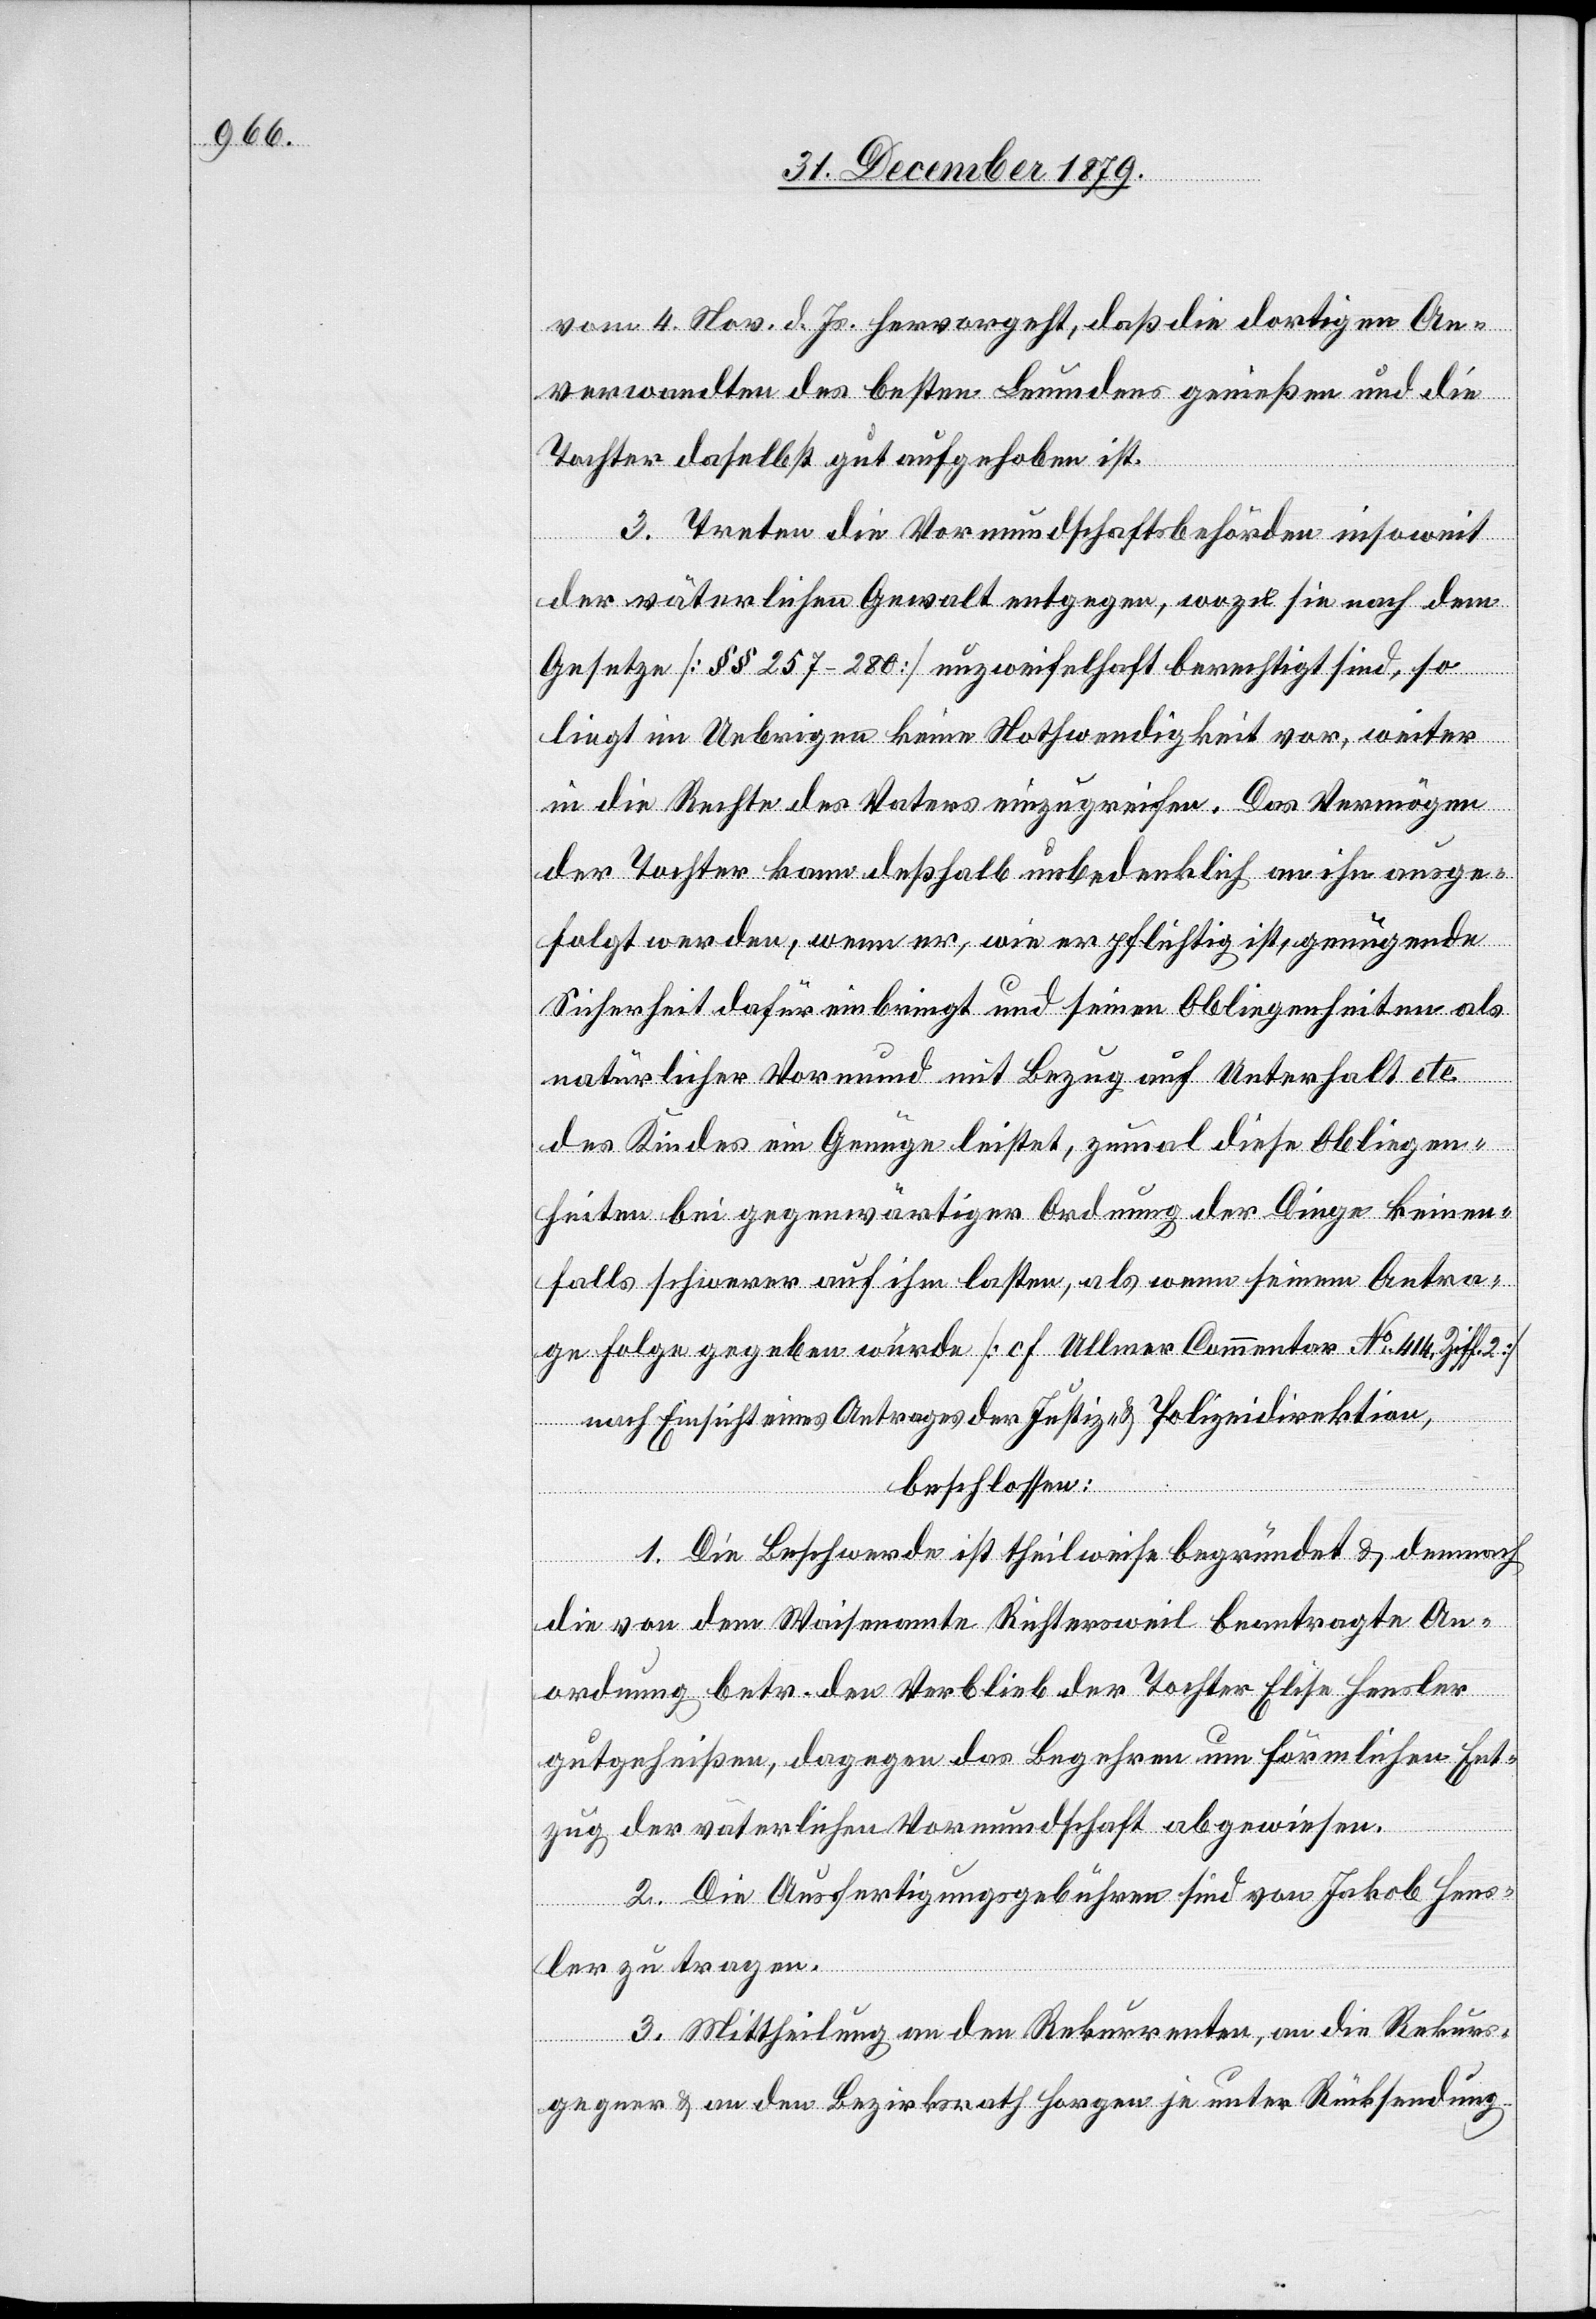
vom 4. Nov. d. Js. hervorgeht, daß die dortigen An¬
verwandten des besten Leumdens genießen und die
Tochter daselbst gut aufgehoben ist.
3. Treten die Vormundschaftsbehörden insoweit
der väterlichen Gewalt entgegen, wozu sie nach dem
Gesetze [§§ 257–280] unzweifelhaft berechtigt sind, so
liegt im Uebrigen keine Nothwendigkeit vor, weiter
in die Rechte des Vaters einzugreifen. Das Vermögen
der Tochter kann deßhalb unbedenklich an ihn ausge¬
folgt werden, wenn er, wie er pflichtig ist, genügende
Sicherheit dafür einbringt und seinen Obliegenheiten als
natürlicher Vormund mit Bezug auf Unterhalt etc.
des Kindes ein Genüge leistet, zumal diese Obliegen¬
heiten bei gegenwärtiger Ordnung der Dinge keines¬
falls schwerer auf ihm lasten, als wenn seinem Antra¬
ge Folge gegeben würde [cf. Ullmar Commentar No 414, Ziff.
nach Einsicht eines Antrages der Justiz- & Polizeidirektion,
beschlossen:
1. Die Beschwerde ist theilweise begründet & demnach
die von dem Waisenamt Richtersweil beantragte An¬
ordnung betr. den Verblieb [sic!] der Tochter Elise Hensler
gutgeheißen, dagegen das Begehren um förmlichen Ent¬
zug der väterlichen Vormundschaft abgewiesen.
2. Die Ausfertigungsgebühren sind von Jakob Hens¬
ler zu tragen.
3. Mittheilung an den Rekurrenten, an die Rekurs¬
gegner & an den Bezirksrath Horgen je unter Rücksendung